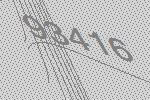
93416